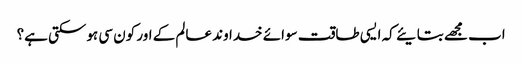
اب مجھے بتایئے کہ ایسی طاقت سوائے خداوند عالم کے اور کون سی ہوسکتی ہے؟